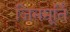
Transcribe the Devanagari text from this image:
जिनमूर्ति